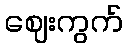
ဈေးကွက်